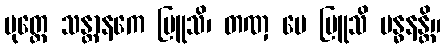
ပုတ္တေ သန္တာနကေ ဗြူသိ၊ တဏှ မေ ဗြူသိ ဗန္ဓနန္တိ။